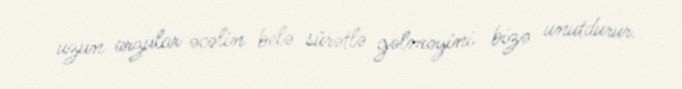
uzun arzular əcəlin belə sürətlə gəlməyini bizə unutdurur.